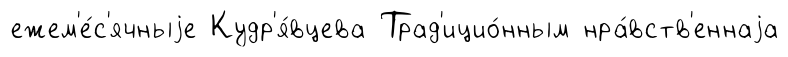
ежем'е́с'ячныjе Кудр'я́вцева Трад'ицио́нным нра́вств'еннаjа